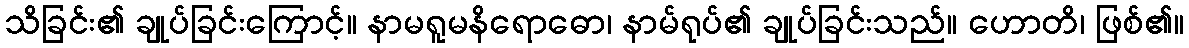
သိခြင်း၏ ချုပ်ခြင်းကြောင့်။ နာမရူမနိရောဓော၊ နာမ်ရုပ်၏ ချုပ်ခြင်းသည်။ ဟောတိ၊ ဖြစ်၏။